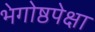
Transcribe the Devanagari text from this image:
भेगोष्ठपेक्षा